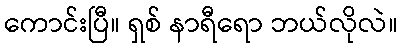
ကောင်းပြီ။ ရှစ် နာရီရော ဘယ်လိုလဲ။